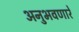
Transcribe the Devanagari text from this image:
अनुभवणारे